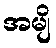
အမျိ